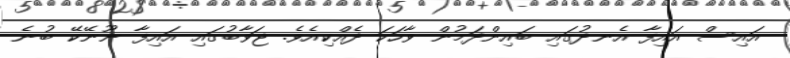
އައިސް އައިފާ އެނދުގައި ބައިންދަމުން ވާހަކަ ދެއްކިއެވެ. ޖަވާބުގައި އައިފާ ނޫނޭކޭ ބުނެ